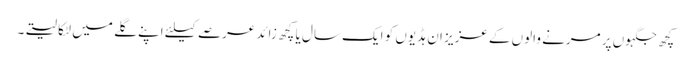
کچھ جگہوں پر مرنے والوں کے عزیز ان ہڈیوں کو ایک سال یا کچھ زائد عرصے کیلئے اپنے گلے میں لٹکا لیتے۔